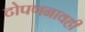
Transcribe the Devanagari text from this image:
टोपणनावही